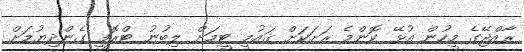
ރާއްޖޭގެ މީހުން އުޅޭ ކޮންމެ ރަށަކަށް ޤައުމީ ޓީމަށް ލިބުނު ޓްރޮފީ ގެންދިޔުމަށް